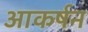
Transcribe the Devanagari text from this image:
आकर्षन